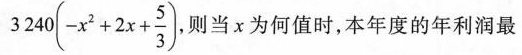
$$3 2 4 0 ( - x ^ { 2 } + 2 x + \frac { 5 } { 3 } )$$ ，则当x为何值时，本年度的年利润最